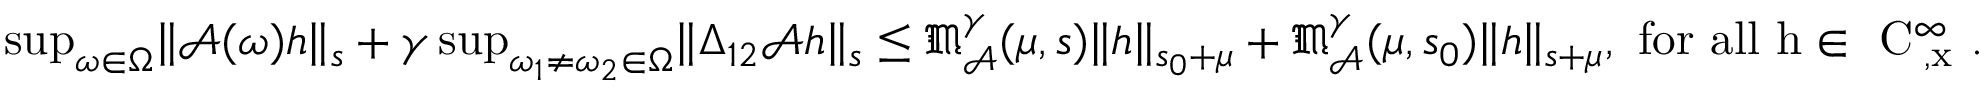
\begin{array} { r } { \operatorname* { s u p } _ { \omega \in \Omega } \rVert \mathcal { A } ( \omega ) h \rVert _ { s } + \gamma \operatorname* { s u p } _ { \omega _ { 1 } \ne \omega _ { 2 } \in \Omega } \rVert \Delta _ { 1 2 } \mathcal { A } h \rVert _ { s } \le \mathfrak { M } _ { \mathcal { A } } ^ { \gamma } ( \mu , s ) \rVert h \rVert _ { s _ { 0 } + \mu } + \mathfrak { M } _ { \mathcal { A } } ^ { \gamma } ( \mu , s _ { 0 } ) \rVert h \rVert _ { s + \mu } , \mathrm { ~ f o r ~ a l l ~ h \in ~ C ^ \infty _ { \varphi , x } ~ . } } \end{array}